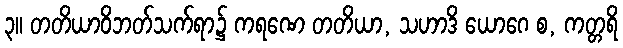
၃။ တတိယာဝိဘတ်သက်ရာ၌ ကရဏေ တတိယာ, သဟာဒိ ယောဂေ စ, ကတ္တရိ